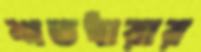
শতধারার